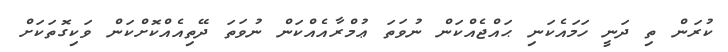
ކުރަން ތި ދަނީ ހަމައެކަނި ޙައްޖެއްކަން ނުވަތަ ޢުމްރާއެއްކަން ނުވަތަ ދޭތިއެއްކޮށްކަން ވަކިގޮތަކަށް